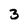
Character: 3